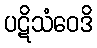
ပဋိသံဝေဒိ